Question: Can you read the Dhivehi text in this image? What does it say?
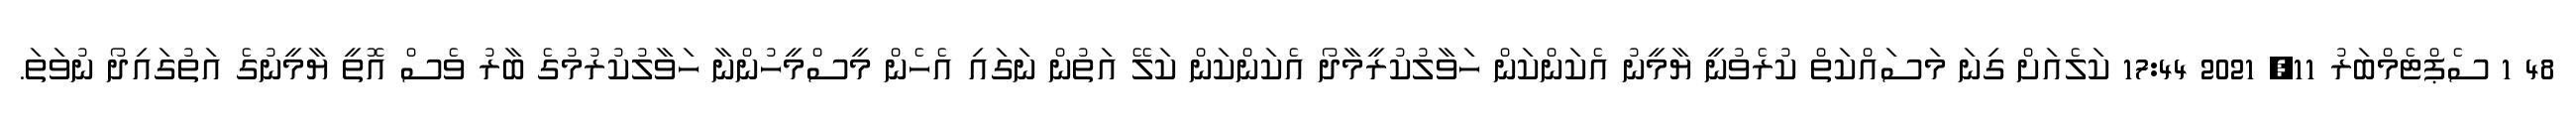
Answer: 48 1 ސެޕްޓެމްބަރު 11, 2021 17:44 ކަލެއަށް ގިނަ މަސައްކަތް ކުރެވުނީ ޔާމީނު އެކަންކަން ހަވާލުކުރީމާދޯ އެކަންކަން ކަލޭ އަތުން ނަގައި އެހެން މީސްމީހުންނާ ހަވާލުކުރުމުގެ ބާރު ވެސް އޮތީ ޔާމީނުގެ އަތުގައިދޯ ނުވަތަ.